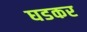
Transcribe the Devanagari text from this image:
घडकर